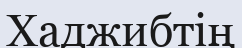
Хаджибтің